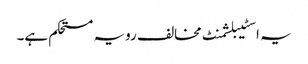
یہ اسٹیبلشمنٹ مخالف رویہ مستحکم ہے۔